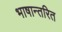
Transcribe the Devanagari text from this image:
भाषान्तरित